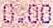
0.00